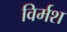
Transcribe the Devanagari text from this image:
विर्मश